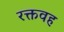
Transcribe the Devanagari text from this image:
रक्तवह